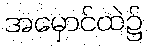
အမှောင်ထဲ၌